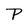
Character: P